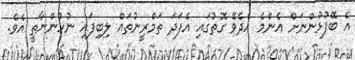
އެ ބޭފުޅުންނަށް އެންމެ އެދެވޭ ގޮތުގައި އެފަދަ ތަމްރީނުތައް ލިބިފައި ނުހުންނާތީ އެވެ.